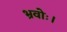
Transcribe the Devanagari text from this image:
भ्रवोः।